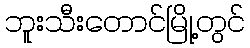
ဘူးသီးတောင်မြို့တွင်